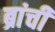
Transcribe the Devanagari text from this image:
ब्रांची